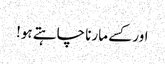
اور کسے مارنا چاہتے ہو!